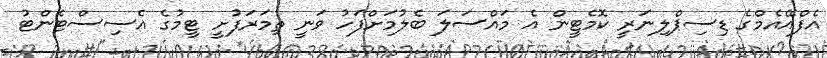
އެފްއޭއެމްގެ ޑިސިޕްލިނަރީ ކޮމެޓީން އެ މައްސަލަ ބެލުމަށްފަހު ވަނީ ތިމަރަފުށީ ޓީމުގެ އެސިސްޓެންޓު